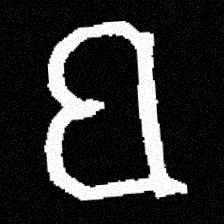
Pyu character \u2014 Myanmar letter: ဗ (romanized: ba)